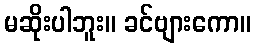
မဆိုးပါဘူး။ ခင်ဗျားကော။